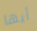
أيها